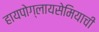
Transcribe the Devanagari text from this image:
हायपोग्लायसेमियाची